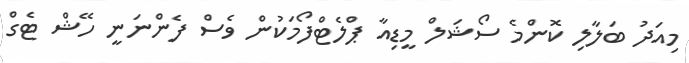
މިއަދު ބަލާލި ކޮންމެ ސޯޝަލް މީޑިއާ ޕްލެޓްފޯމަކުން ވެސް ފެންނަނީ ހޭޝް ޓެގް